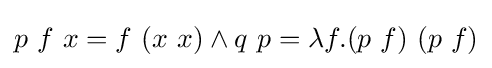
p\ f\ x=f\ (x\ x)\land q\ p=\lambda f.(p\ f)\ (p\ f)